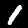
Digit: 1